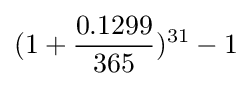
(1+{0.1299 \over 365})^{31}-1